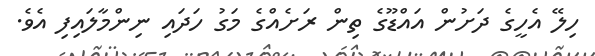
ހިލޭ އެހީގެ ދަށުން އައްޑޫގެ ތިން ރަށެއްގެ މަގު ހަދައި ނިންމާލައިފި އެވެ.